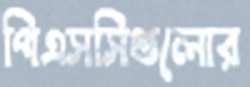
পিএসসিগুলোর